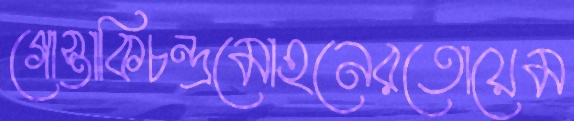
গোস্তাকিচন্দ্রমোহনেরতোয়েম